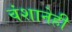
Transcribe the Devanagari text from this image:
वंशानेही